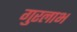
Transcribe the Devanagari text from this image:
गुरलाभ